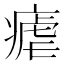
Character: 瘧